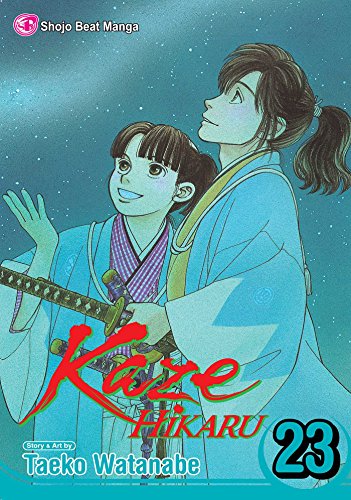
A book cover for Kaze Hikaru, Vol. 23; Taeko Watanabe; Comics & Graphic Novels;